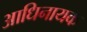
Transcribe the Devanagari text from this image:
आधिनायक